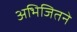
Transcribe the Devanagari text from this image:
अभिजितने